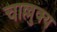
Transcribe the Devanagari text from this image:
चाल्लुक्य